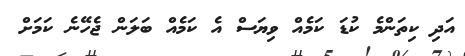
އަދި ކިތަންމެ ކުޑަ ކަމެއް ވިޔަސް އެ ކަމެއް ބަލަން ޖެހޭނެ ކަމަށް